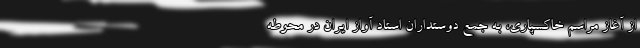
از آغاز مراسم خاکسپاری، به جمع دوستداران استاد آواز ایران در محوطه